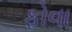
ફોવા